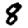
Digit: 8